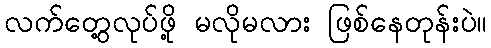
လက်တွေ့လုပ်ဖို့ မလိုမလား ဖြစ်နေတုန်းပဲ။